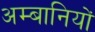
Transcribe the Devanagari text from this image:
अम्बानियों